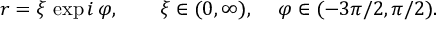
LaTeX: r = \xi \, \exp i \, \varphi , \ \ \ \ \ \ \xi \in ( 0 , \infty ) , \ \ \ \, \varphi \in ( - 3 \pi / 2 , \pi / 2 ) .